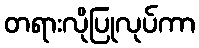
တရားလိုပြုလုပ်ကာ